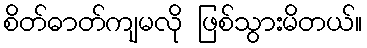
စိတ်ဓာတ်ကျမလို ဖြစ်သွားမိတယ်။